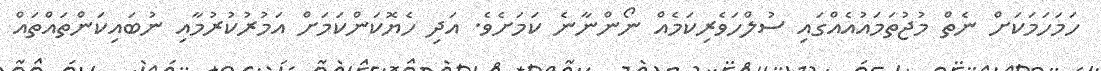
ހަމަހަމަކަށް ނެތް މުޖުތަމައުއެއްގައި ސުލްހަވެރިކަމެއް ނޯންނާނެ ކަމަށެވެ. އަދި ހެޔޮކަންކަމަށް އަމުރުުކުރުމާއި ނުބައިކަންތައްތައް